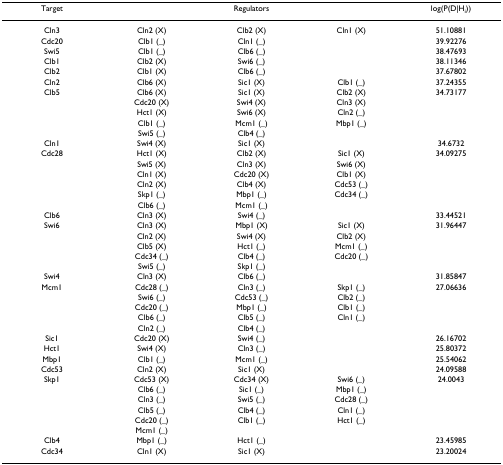
<table><thead><tr><td><b>Target</b></td><td colspan="3"><b>Regulators</b></td><td><b>log(P(D|H<sub>i</sub>))</b></td></tr></thead><tbody><tr><td>Cln3</td><td>Cln2 (X)</td><td>Clb2 (X)</td><td>Cln1 (X)</td><td>51.10881</td></tr><tr><td>Cdc20</td><td>Clb1 (_)</td><td>Cln1 (_)</td><td></td><td>39.92276</td></tr><tr><td>Swi5</td><td>Clb1 (_)</td><td>Clb6 (_)</td><td></td><td>38.47693</td></tr><tr><td>Clb1</td><td>Clb2 (X)</td><td>Swi6 (_)</td><td></td><td>38.11346</td></tr><tr><td>Clb2</td><td>Clb1 (X)</td><td>Clb6 (_)</td><td></td><td>37.67802</td></tr><tr><td>Cln2</td><td>Clb6 (X)</td><td>Sic1 (X)</td><td>Clb1 (_)</td><td>37.24355</td></tr><tr><td>Clb5</td><td>Clb6 (X)</td><td>Sic1 (X)</td><td>Clb2 (X)</td><td>34.73177</td></tr><tr><td></td><td>Cdc20 (X)</td><td>Swi4 (X)</td><td>Cln3 (X)</td><td></td></tr><tr><td></td><td>Hct1 (X)</td><td>Swi6 (X)</td><td>Cln2 (_)</td><td></td></tr><tr><td></td><td>Clb1 (_)</td><td>Mcm1 (_)</td><td>Mbp1 (_)</td><td></td></tr><tr><td></td><td>Swi5 (_)</td><td>Clb4 (_)</td><td></td><td></td></tr><tr><td>Cln1</td><td>Swi4 (X)</td><td>Sic1 (X)</td><td></td><td>34.6732</td></tr><tr><td>Cdc28</td><td>Hct1 (X)</td><td>Clb2 (X)</td><td>Sic1 (X)</td><td>34.09275</td></tr><tr><td></td><td>Swi5 (X)</td><td>Cln3 (X)</td><td>Swi6 (X)</td><td></td></tr><tr><td></td><td>Cln1 (X)</td><td>Cdc20 (X)</td><td>Clb1 (X)</td><td></td></tr><tr><td></td><td>Cln2 (X)</td><td>Clb4 (X)</td><td>Cdc53 (_)</td><td></td></tr><tr><td></td><td>Skp1 (_)</td><td>Mbp1 (_)</td><td>Cdc34 (_)</td><td></td></tr><tr><td></td><td>Clb6 (_)</td><td>Mcm1 (_)</td><td></td><td></td></tr><tr><td>Clb6</td><td>Cln3 (X)</td><td>Swi4 (_)</td><td></td><td>33.44521</td></tr><tr><td>Swi6</td><td>Cln3 (X)</td><td>Mbp1 (X)</td><td>Sic1 (X)</td><td>31.96447</td></tr><tr><td></td><td>Cln2 (X)</td><td>Swi4 (X)</td><td>Clb2 (X)</td><td></td></tr><tr><td></td><td>Clb5 (X)</td><td>Hct1 (_)</td><td>Mcm1 (_)</td><td></td></tr><tr><td></td><td>Cdc34 (_)</td><td>Clb4 (_)</td><td>Cdc20 (_)</td><td></td></tr><tr><td></td><td>Swi5 (_)</td><td>Skp1 (_)</td><td></td><td></td></tr><tr><td>Swi4</td><td>Cln3 (X)</td><td>Clb6 (_)</td><td></td><td>31.85847</td></tr><tr><td>Mcm1</td><td>Cdc28 (_)</td><td>Cln3 (_)</td><td>Skp1 (_)</td><td>27.06636</td></tr><tr><td></td><td>Swi6 (_)</td><td>Cdc53 (_)</td><td>Clb2 (_)</td><td></td></tr><tr><td></td><td>Cdc20 (_)</td><td>Mbp1 (_)</td><td>Clb1 (_)</td><td></td></tr><tr><td></td><td>Clb6 (_)</td><td>Clb5 (_)</td><td>Cln1 (_)</td><td></td></tr><tr><td></td><td>Cln2 (_)</td><td>Clb4 (_)</td><td></td><td></td></tr><tr><td>Sic1</td><td>Cdc20 (X)</td><td>Swi4 (_)</td><td></td><td>26.16702</td></tr><tr><td>Hct1</td><td>Swi4 (X)</td><td>Cln3 (_)</td><td></td><td>25.80372</td></tr><tr><td>Mbp1</td><td>Clb1 (_)</td><td>Mcm1 (_)</td><td></td><td>25.54062</td></tr><tr><td>Cdc53</td><td>Cln2 (X)</td><td>Sic1 (X)</td><td></td><td>24.09588</td></tr><tr><td>Skp1</td><td>Cdc53 (X)</td><td>Cdc34 (X)</td><td>Swi6 (_)</td><td>24.0043</td></tr><tr><td></td><td>Clb6 (_)</td><td>Sic1 (_)</td><td>Mbp1 (_)</td><td></td></tr><tr><td></td><td>Cln3 (_)</td><td>Swi5 (_)</td><td>Cdc28 (_)</td><td></td></tr><tr><td></td><td>Clb5 (_)</td><td>Clb4 (_)</td><td>Cln1 (_)</td><td></td></tr><tr><td></td><td>Cdc20 (_)</td><td>Clb1 (_)</td><td>Hct1 (_)</td><td></td></tr><tr><td></td><td>Mcm1 (_)</td><td></td><td></td><td></td></tr><tr><td>Clb4</td><td>Mbp1 (_)</td><td>Hct1 (_)</td><td></td><td>23.45985</td></tr><tr><td>Cdc34</td><td>Cln1 (X)</td><td>Sic1 (X)</td><td></td><td>23.20024</td></tr></tbody></table>